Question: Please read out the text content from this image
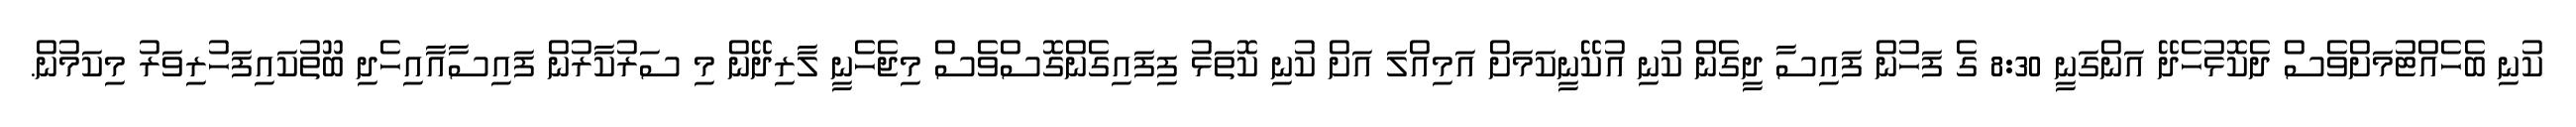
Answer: ކުނި ބެހެއްޓުމަށްވެސް ދެކޮޅުހެދޭ އަންގަނީ 8:30 ގެ ފަހުން ފައިސާ ދީގެން ކުނި އުކޭނީކަމަށް އަމިއްލަ އަށް ކުނި ކޮތަޅު ފިފައިގެންގޮސްވެސް މިޖެހެނީ ލާރިދޭން މި ސަރުކާރުން ފައިސާއާއިހެދި ބޫތުކައިފަހުރިވަރު މިކަމުން.